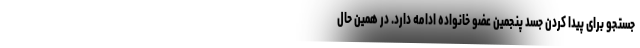
جستجو برای پیدا کردن جسد پنجمین عضو خانواده ادامه دارد. در همین حال